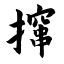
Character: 撺